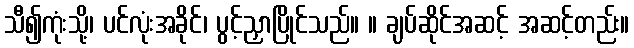
သီ၍ကုံးသို့၊ ပင်လုံးအခိုင်၊ ပွင့်ညှာပြိုင်သည်။ ။ ချပ်ဆိုင်အဆင့် အဆင့်တည်း။